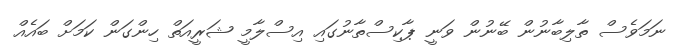
ނަމަވެސް ތާލިބާނުން ބޭނުން ވަނީ ޕާކިސްތާނުގައި އިސްލާމީ ޝަރީއަތް ހިންގަން ކަމަށް ބައެއް